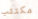
مكتئب